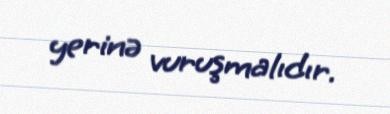
yerinə vuruşmalıdır.